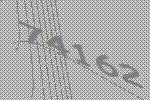
74162